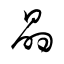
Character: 晶